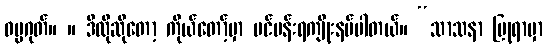
ဓမ္မဂုတ်။ ။ ဒီလိုဆိုတော့ ကိုယ်တော့်မှာ ပင်ပန်းရကျိုးနပ်ပါတယ်။ “သာသနာ ပြုရာမှာ